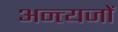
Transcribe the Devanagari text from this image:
अन्त्यजों